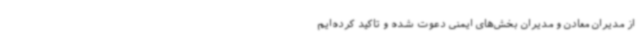
از مدیران معادن و مدیران بخش‌های ایمنی دعوت‌ شده و تاکید کرده‌ایم